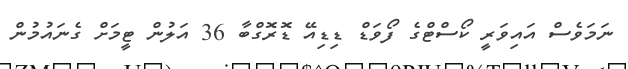
ނަމަވެސް އައިވަރީ ކޯސްޓްގެ ފޯވަޑް ޑިޑިއޭ ޑޮރޮގްބާ 36 އަލުން ޓީމަށް ގެނައުމުން